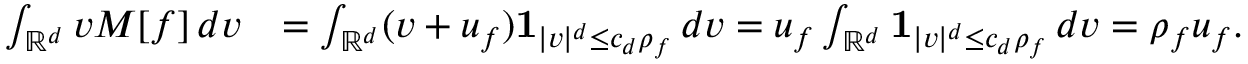
\begin{array} { r l } { \int _ { \mathbb { R } ^ { d } } v M [ f ] \, d v } & { = \int _ { \mathbb { R } ^ { d } } ( v + u _ { f } ) \mathbf { 1 } _ { | v | ^ { d } \le c _ { d } \rho _ { f } } \, d v = u _ { f } \int _ { \mathbb { R } ^ { d } } \mathbf { 1 } _ { | v | ^ { d } \le c _ { d } \rho _ { f } } \, d v = \rho _ { f } u _ { f } . } \end{array}